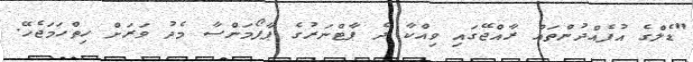
"ޑެލްގެ އުފެއްދުންތައް ރާއްޖޭގައި ވިއްކާ ދެ ޕާޓްނަރުގެ ޕާފޯމަންސާ މެދު ވަރަށް ހިތްހަމަޖެހޭ.